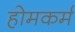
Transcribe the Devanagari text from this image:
होमकर्म